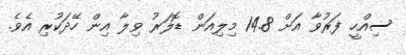
ސިއްހީ ފަރުވާ އަށް 14.8 މިލިއަން ޑޮލަރު ވިލާ އިން ހޭދަކުރި އެވެ.